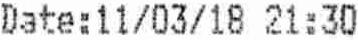
DATE:11/03/18 21:30